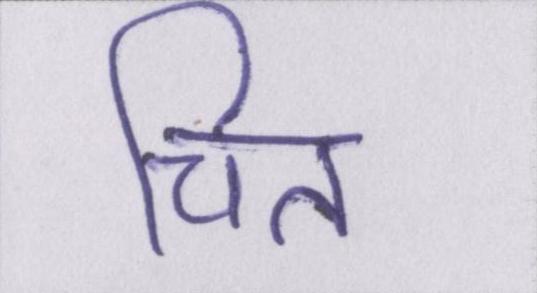
चित